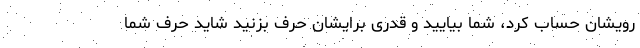
رویشان حساب کرد، شما بیایید و قدری برایشان حرف بزنید شاید حرف شما